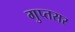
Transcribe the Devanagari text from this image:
गुप्तसर